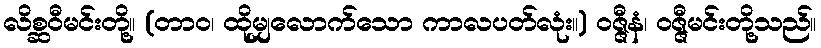
လိစ္ဆဝီမင်းတို့။ (တာဝ၊ ထိုမျှလောက်သော ကာလပတ်လုံး။) ဝဇ္ဇီနံ၊ ဝဇ္ဇီမင်းတို့သည်။